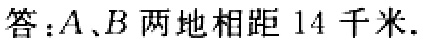
答：\(A\)、\(B\)两地相距 \(14\)千米.